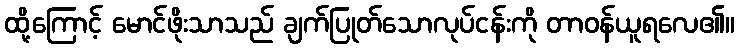
ထို့ကြောင့် မောင်ဖိုးသာသည် ချက်ပြုတ်သောလုပ်ငန်းကို တာဝန်ယူရလေ၏။